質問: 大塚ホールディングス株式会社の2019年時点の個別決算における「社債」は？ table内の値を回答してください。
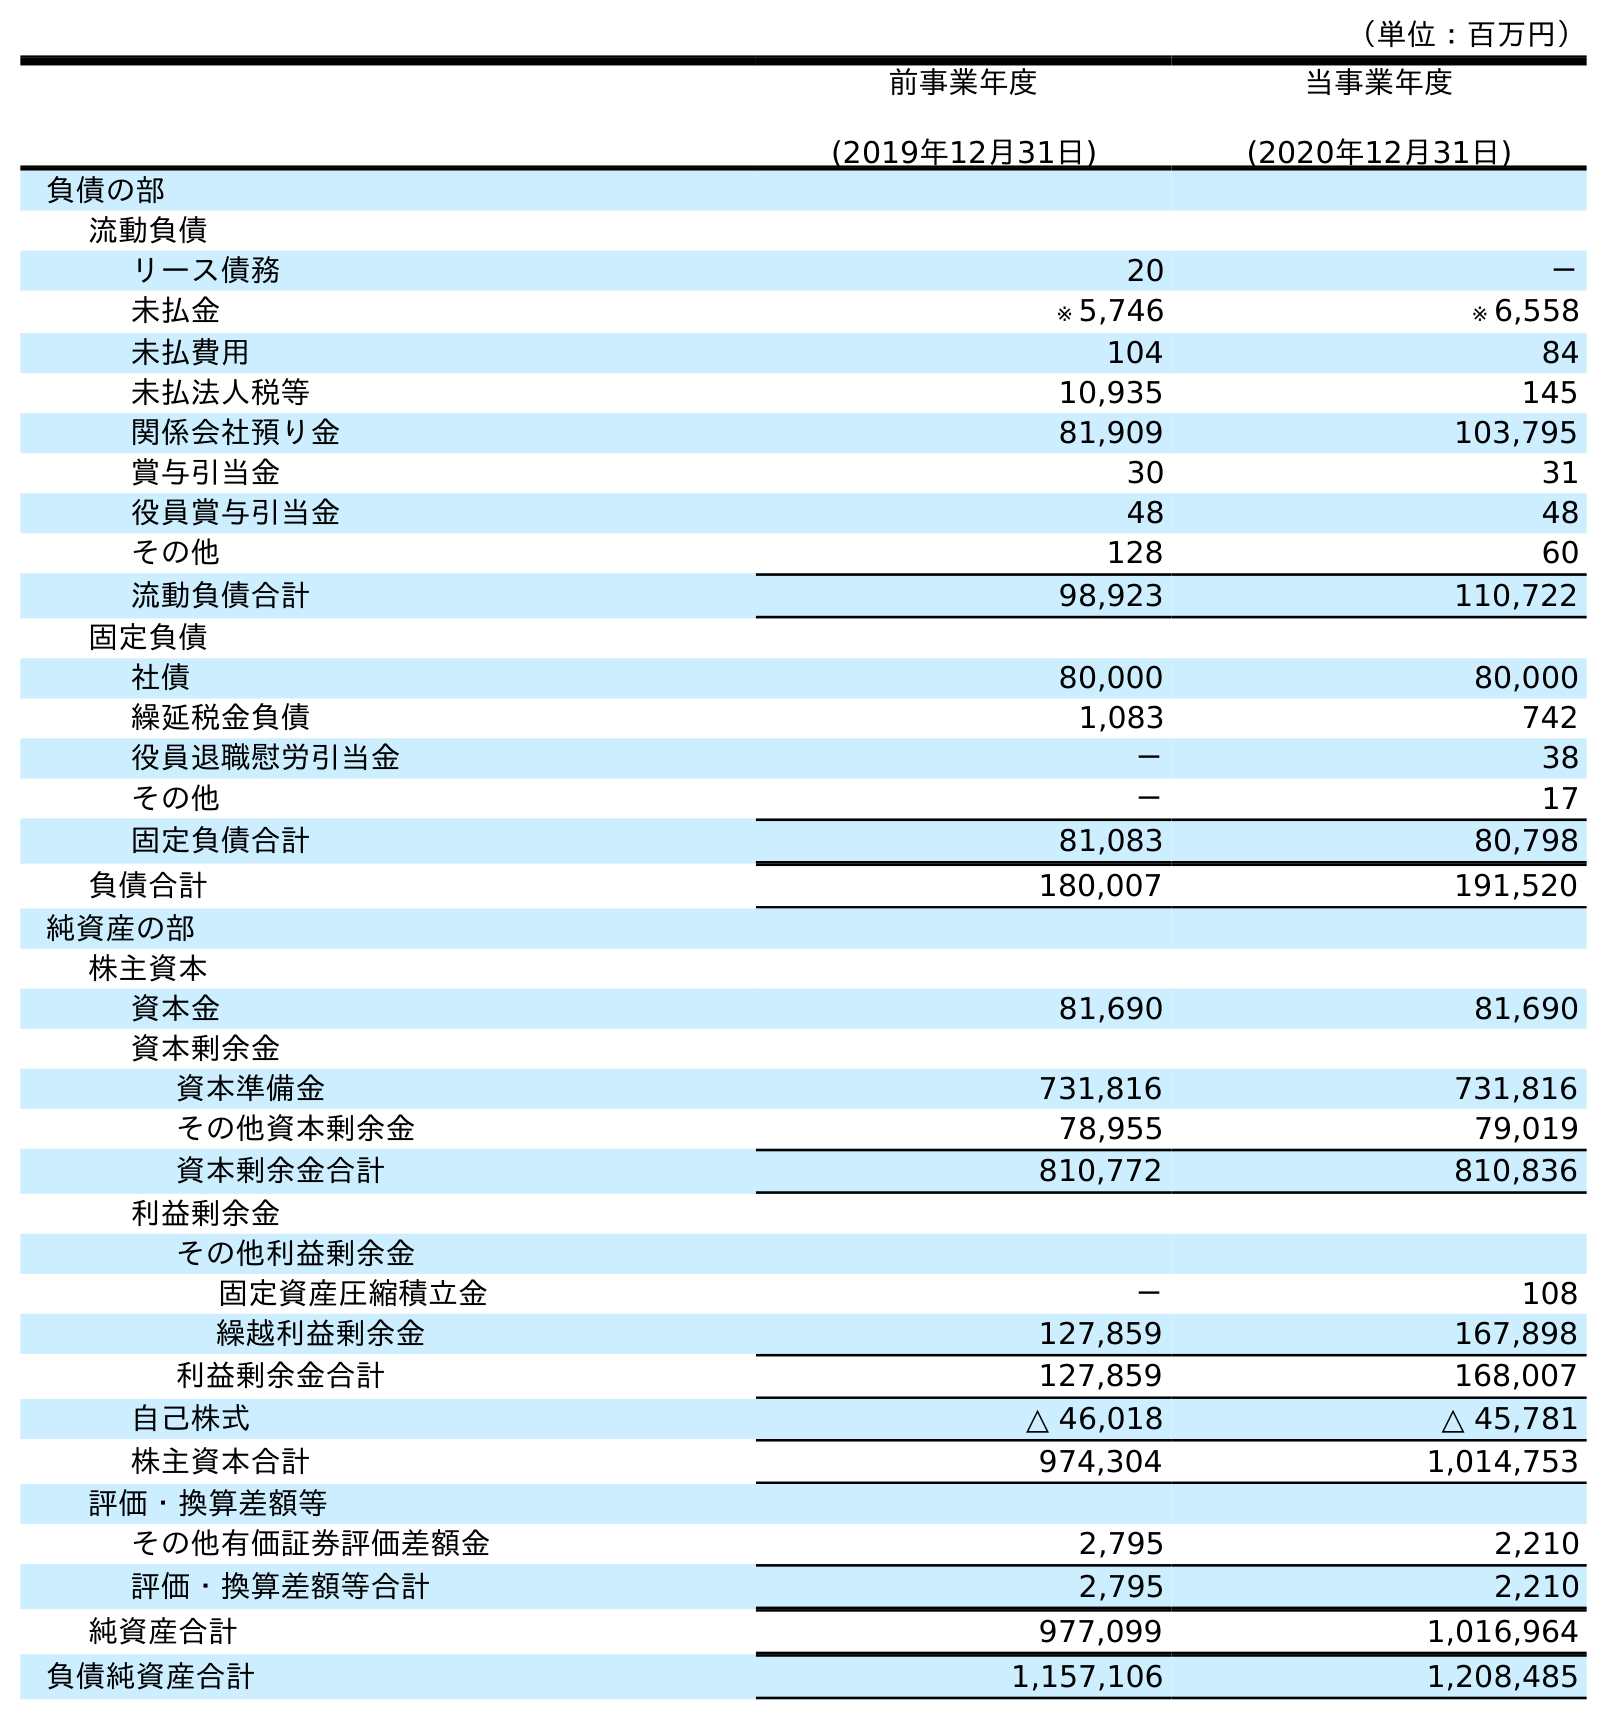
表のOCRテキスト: （単位：百万円） 前事業年度 (2019年12月31日) 当事業年度 (2020年12月31日) 負債の部 流動負債 リース債務 20 － 未払金 ※ 5,746 ※ 6,558 未払費用 104 84 未払法人税等 10,935 145 関係会社預り金 81,909 103,795 賞与引当金 30 31 役員賞与引当金 48 48 その他 128 60 流動負債合計 98,923 110,722 固定負債 社債 80,000 80,000 繰延税金負債 1,083 742 役員退職慰労引当金 － 38 その他 － 17 固定負債合計 81,083 80,798 負債合計 180,007 191,520 純資産の部 株主資本 資本金 81,690 81,690 資本剰余金 資本準備金 731,816 731,816 その他資本剰余金 78,955 79,019 資本剰余金合計 810,772 810,836 利益剰余金 その他利益剰余金 固定資産圧縮積立金 － 108 繰越利益剰余金 127,859 167,898 利益剰余金合計 127,859 168,007 自己株式 △ 46,018 △ 45,781 株主資本合計 974,304 1,014,753 評価・換算差額等 その他有価証券評価差額金 2,795 2,210 評価・換算差額等合計 2,795 2,210 純資産合計 977,099 1,016,964 負債純資産合計 1,157,106 1,208,485
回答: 80,000